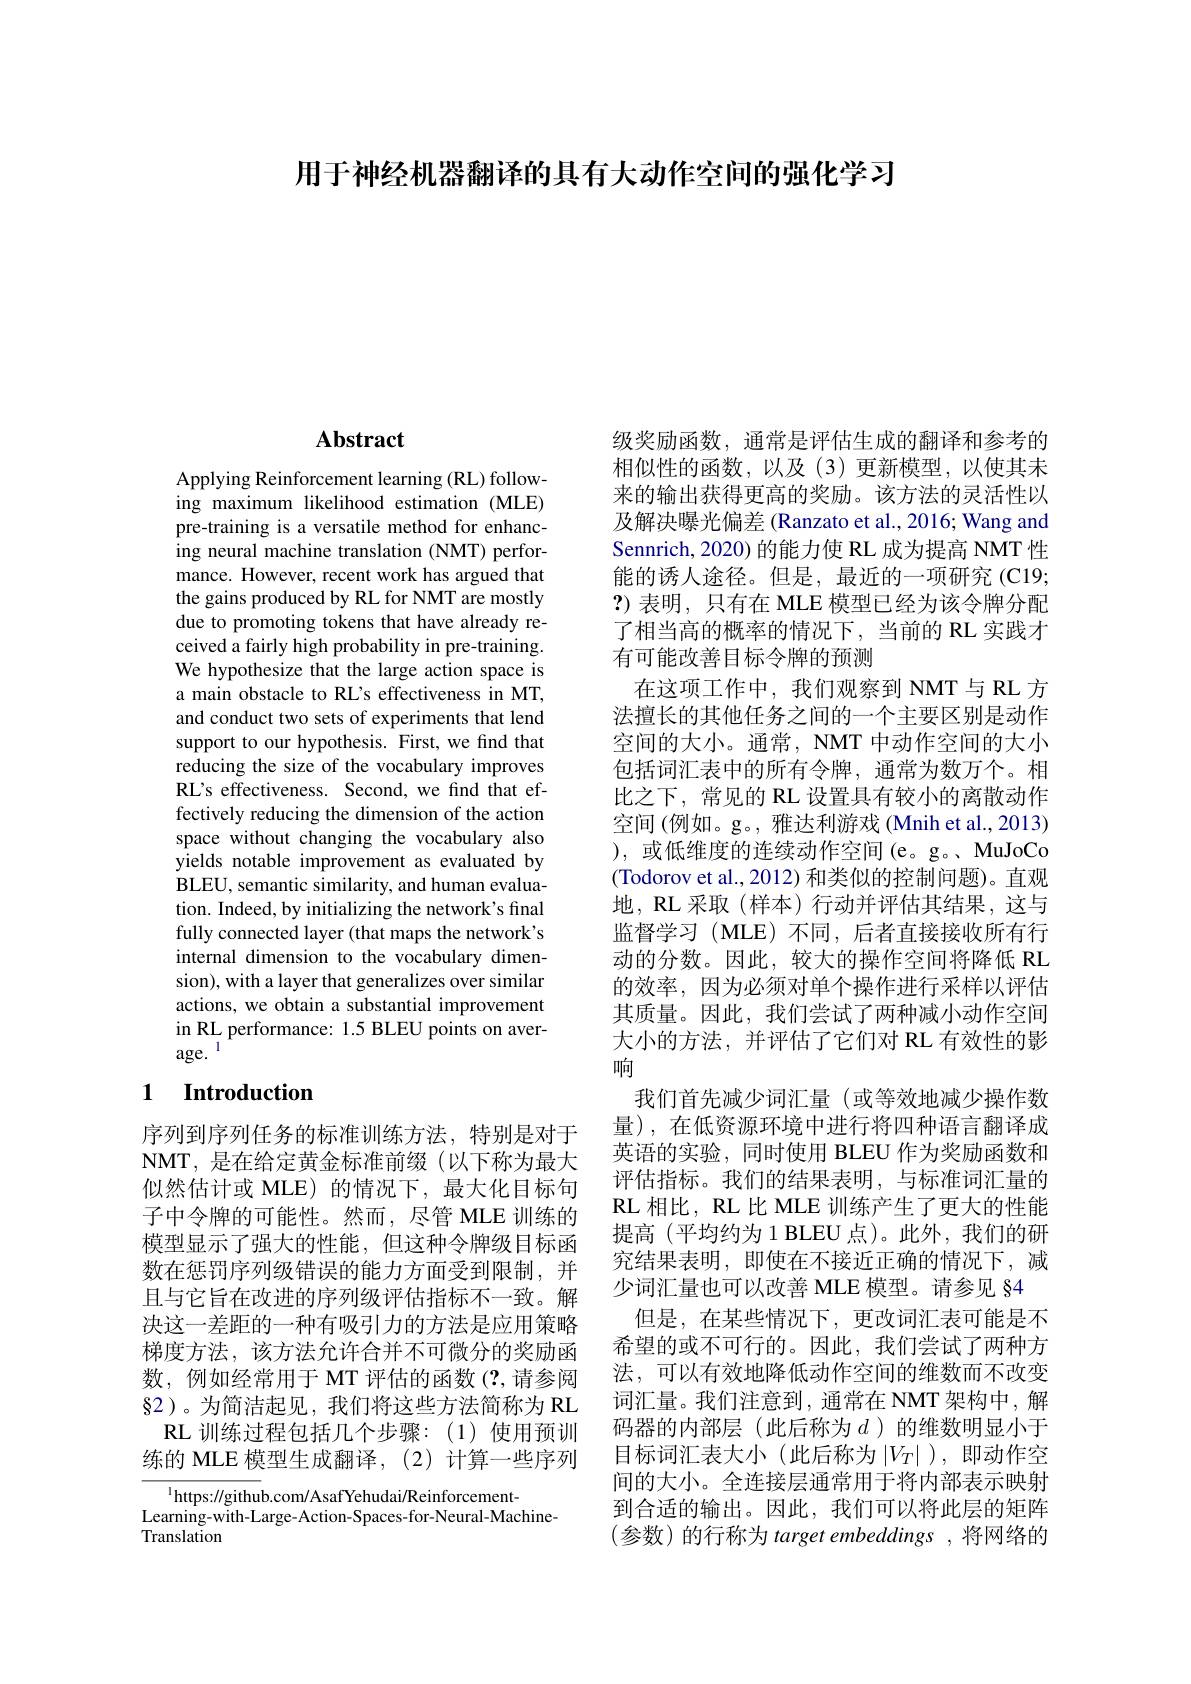
用于神经机器翻译的具有大动作空间的强化学习

# Abstract

Applying Reinforcement learning (RL) following maximum likelihood estimation (MLE) pre-training is a versatile method for enhancing neural machine translation (NMT) performance. However, recent work has argued that the gains produced by RL for NMT are mostly due to promoting tokens that have already received a fairly high probability in pre-training. We hypothesize that the large action space is a main obstacle to RL's effectiveness in MT, and conduct two sets of experiments that lend support to our hypothesis. First, we find that reducing the size of the vocabulary improves RL's effectiveness. Second, we find that effectively reducing the dimension of the action space without changing the vocabulary also yields notable improvement as evaluated by ${\mathrm{BLEU,~semantic~similarity,~and~human~evalua-}}$ tion. Indeed, by initializing the network's final fully connected layer (that maps the network's internal dimension to the vocabulary dimension), with a layer that generalizes over similar actions, we obtain a substantial improvement in RL performance: 1.5 BLEU points on average.$^{\mathrm{l}}$

## 1 $\textbf{Introduction}$

序列到序列任务的标准训练方法，特别是对于NMT,是在给定黄金标准前缀(以下称为最大似然估计或 MLE)的情况下，最大化目标句子中令牌的可能性。然而，尽管 MLE 训练的模型显示了强大的性能，但这种令牌级目标函数在惩罚序列级错误的能力方面受到限制，并且与它旨在改进的序列级评估指标不一致。解决这一差距的一种有吸引力的方法是应用策略梯度方法，该方法允许合并不可微分的奖励函数，例如经常用于 MT 评估的函数(?,请参阅$\S$2)。为简洁起见，我们将这些方法简称为 RL
RL 训练过程包括几个步骤：(1)使用预训练的 MLE 模型生成翻译，(2)计算一些序列

$^{1}$https://github.com/AsafYehudai/Reinforcement-
Learning-with-Large-Action-Spaces-for-Neural-Machine-
Translation

级奖励函数，通常是评估生成的翻译和参考的相似性的函数，以及(3)更新模型，以使其未来的输出获得更高的奖励。该方法的灵活性以及解决曝光偏差 (Ranzato et al., 2016; Wang and Sennrich, 2020) 的能力使 RL 成为提高 NMT 性能的诱人途径。但是，最近的一项研究(C19; ?)表明，只有在 MLE 模型已经为该令牌分配了相当高的概率的情况下，当前的 RL 实践才有可能改善目标令牌的预测
在这项工作中，我们观察到 NMT 与 RL 方法擅长的其他任务之间的一个主要区别是动作空间的大小。通常，NMT 中动作空间的大小包括词汇表中的所有令牌，通常为数万个。相比之下，常见的 RL 设置具有较小的离散动作空间 (例如。g。, 雅达利游戏 (Mnih et al., 2013) ), 或低维度的连续动作空间 (e。g。、MuJoCo (Todorov et al., 2012) 和类似的控制问题)。直观地，RL 采取 (样本)行动并评估其结果，这与监督学习 (MLE) 不同，后者直接接收所有行动的分数。因此，较大的操作空间将降低 RL 的效率，因为必须对单个操作进行采样以评估其质量。因此，我们尝试了两种减小动作空间大小的方法，并评估了它们对 RL 有效性的影响
我们首先减少词汇量(或等效地减少操作数量),在低资源环境中进行将四种语言翻译成英语的实验，同时使用 BLEU 作为奖励函数和评估指标。我们的结果表明，与标准词汇量的RL相比，RL 比 MLE 训练产生了更大的性能提高 (平均约为1 BLEU 点)。此外，我们的研究结果表明，即使在不接近正确的情况下，减少词汇量也可以改善 MLE 模型。请参见 §4
但是，在某些情况下，更改词汇表可能是不希望的或不可行的。因此，我们尝试了两种方法，可以有效地降低动作空间的维数而不改变词汇量。我们注意到，通常在 NMT 架构中，解码器的内部层(此后称为$d$)的维数明显小于目标词汇表大小(此后称为$\left|V_T\right|$),即动作空间的大小。全连接层通常用于将内部表示映射到合适的输出。因此，我们可以将此层的矩阵(参数)的行称为 target embeddings,将网络的